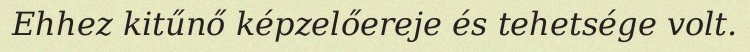
Ehhez kitűnő képzelőereje és tehetsége volt.